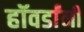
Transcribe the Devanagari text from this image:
हॉवर्डांनी